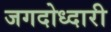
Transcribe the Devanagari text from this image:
जगदोध्दारी